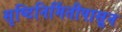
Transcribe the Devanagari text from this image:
सृष्टिनिर्मितीपासून